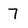
Character: 7